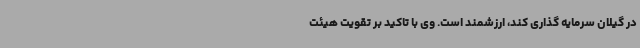
در گیلان سرمایه گذاری کند، ارزشمند است. وی با تاکید بر تقویت هیئت